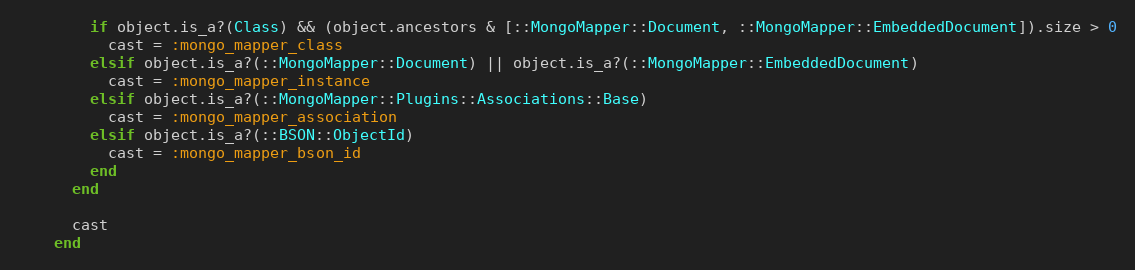
Language: Ruby
        if object.is_a?(Class) && (object.ancestors & [::MongoMapper::Document, ::MongoMapper::EmbeddedDocument]).size > 0
          cast = :mongo_mapper_class
        elsif object.is_a?(::MongoMapper::Document) || object.is_a?(::MongoMapper::EmbeddedDocument)
          cast = :mongo_mapper_instance
        elsif object.is_a?(::MongoMapper::Plugins::Associations::Base)
          cast = :mongo_mapper_association
        elsif object.is_a?(::BSON::ObjectId)
          cast = :mongo_mapper_bson_id
        end
      end

      cast
    end